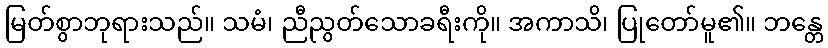
မြတ်စွာဘုရားသည်။ သမံ၊ ညီညွတ်သောခရီးကို။ အကာသိ၊ ပြုတော်မူ၏။ ဘန္တေ